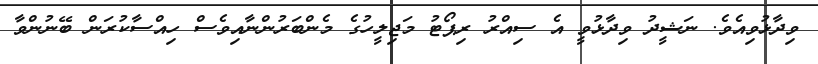
ވިދާޅުވިއެވެ. ނަޝީދު ވިދާޅުވީ އެ ސިއްރު ރިޕޯޓު މަޖިލީހުގެ މެންބަރުންނާއިވެސް ހިއްސާކުރަން ބޭނުންވާ